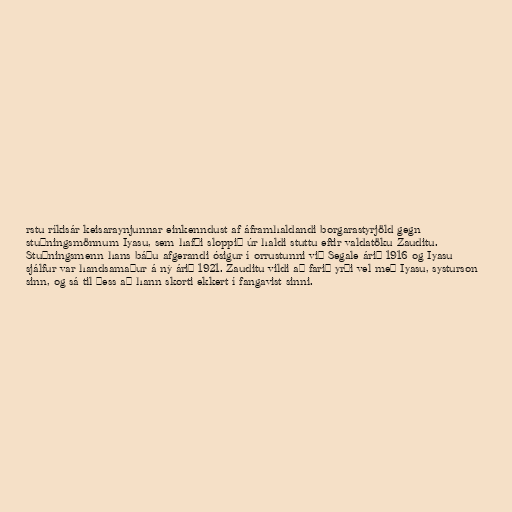
rstu ríkisár keisaraynjunnar einkenndust af áframhaldandi borgarastyrjöld gegn
stuðningsmönnum Iyasu, sem hafði sloppið úr haldi stuttu eftir valdatöku Zauditu.
Stuðningsmenn hans báðu afgerandi ósigur í orrustunni við Segale árið 1916 og Iyasu
sjálfur var handsamaður á ný árið 1921. Zauditu vildi að farið yrði vel með Iyasu, systurson
sinn, og sá til þess að hann skorti ekkert í fangavist sinni.